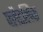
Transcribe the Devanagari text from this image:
फ्लैटलिंक